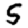
Digit: 5